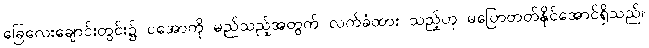
ခြေလေးချောင်းတွင်း၌ ငအောကို မည်သည့်အတွက် လက်ခံထား သည့်ဟု မပြောတတ်နိုင်အောင်ရှိသည်။